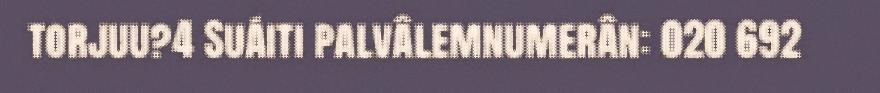
torjuu?4 Suáiti palvâlemnumerân: 020 692